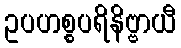
ဥပဟစ္စပရိနိဗ္ဗာယီ